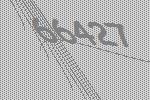
66427